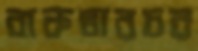
বাকতারচর